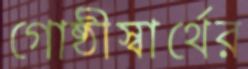
গোষ্ঠীস্বার্থের